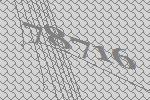
78716